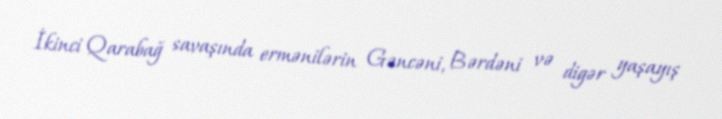
İkinci Qarabağ savaşında ermənilərin Gəncəni, Bərdəni və digər yaşayış